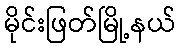
မိုင်းဖြတ်မြို့နယ်